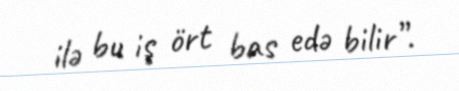
ilə bu iş ört bas edə bilir”.